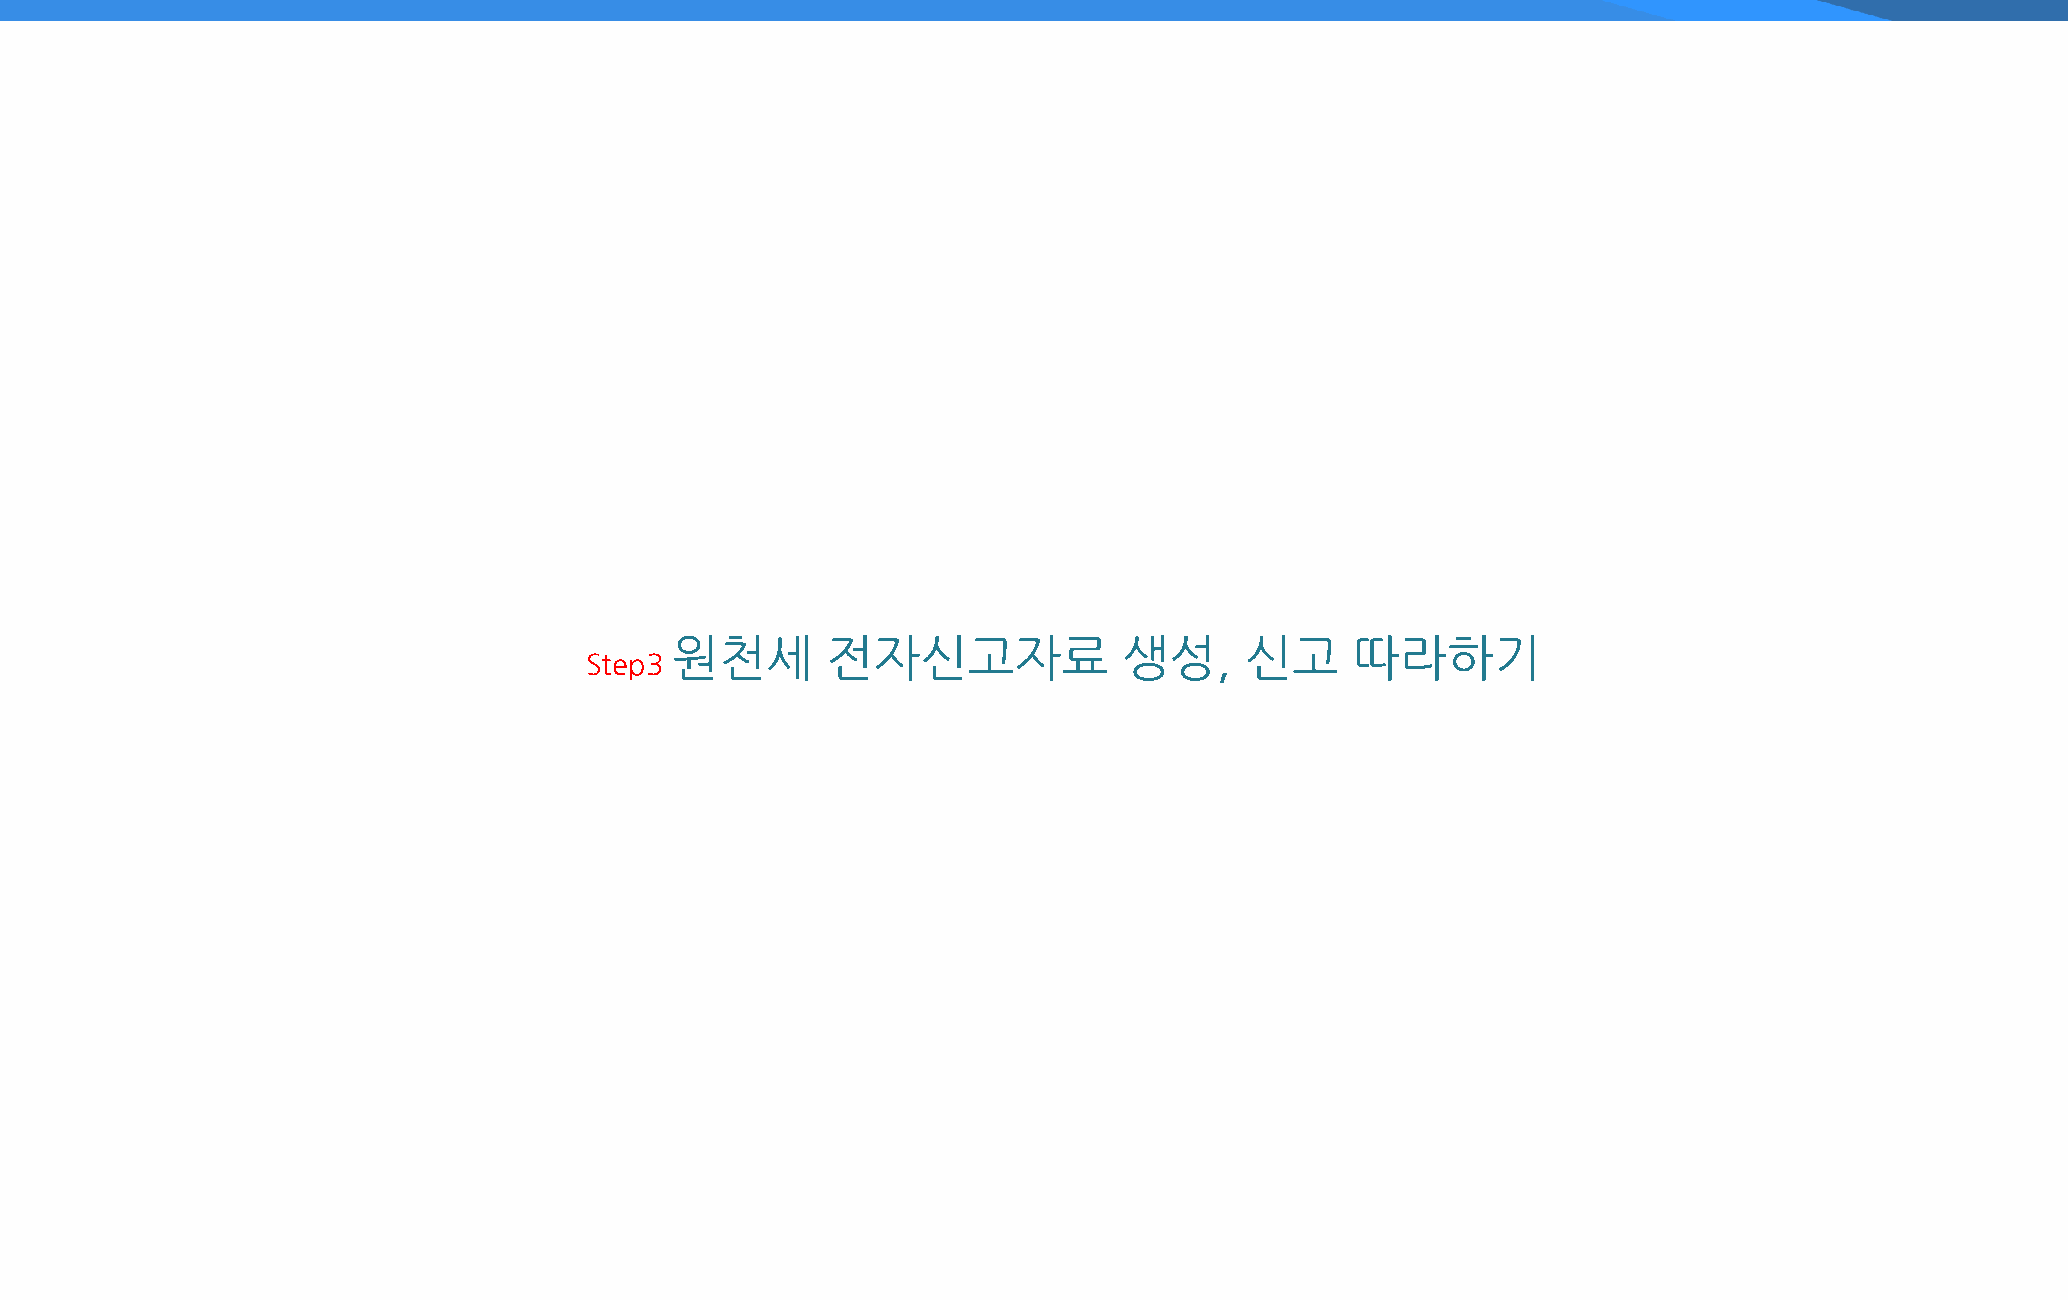
원천세        전자신고자료             생성,     신고      따라하기
 Step3